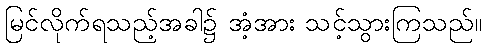
မြင်လိုက်ရသည့်အခါ၌ အံ့အား သင့်သွားကြသည်။